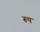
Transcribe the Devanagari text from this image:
रूप